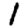
Digit: 1